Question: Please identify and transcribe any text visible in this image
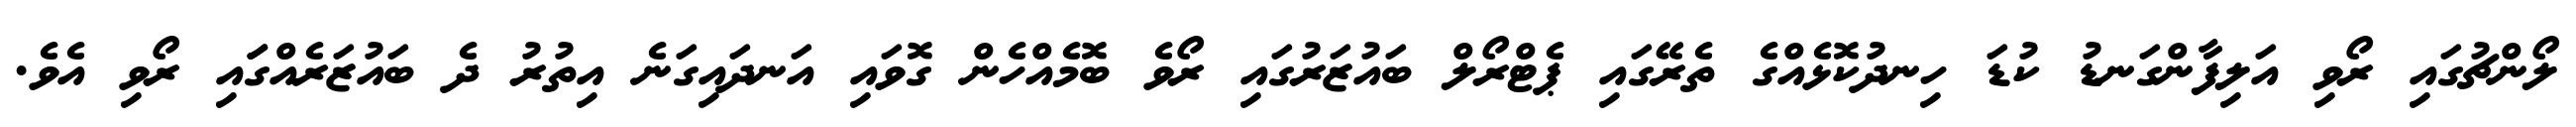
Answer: ލޯންޗުގައި ރޯވި އަލިފާންގަނޑު ކުޑަ ހިނދުކޮޅެއްގެ ތެރޭގައި ޕެޓްރޯލް ބައުޒަރުގައި ރޯވެ ބޮމެއްހެން ގޮވައި އަނދައިގަނެ އިތުރު ދެ ބައުޒަރެއްގަައި ރޯވި އެވެ.